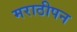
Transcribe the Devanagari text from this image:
मराठीपन